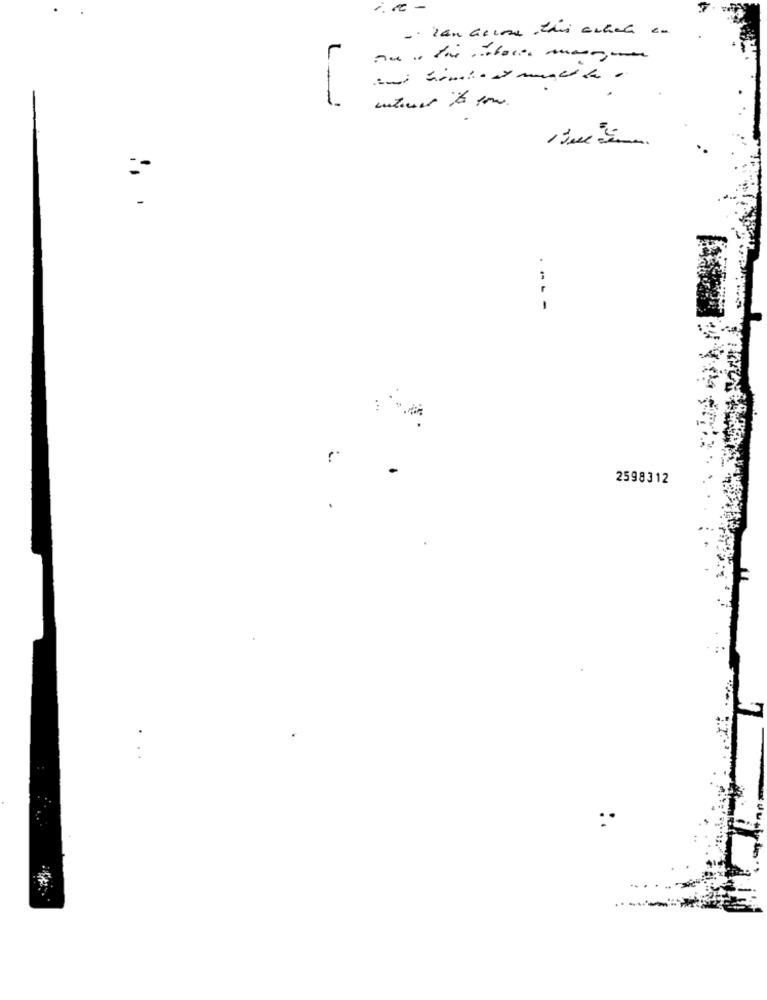
1
. .
--- -
2598312
:.
....